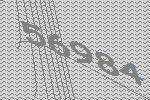
56984